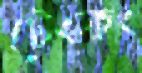
টেংফং